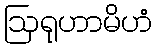
ဩရုဟာမိဟံ